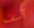
آسف